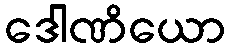
ဒေါဏိယော